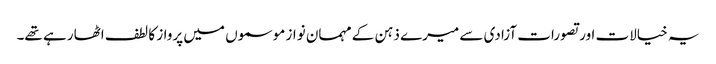
یہ خیالات اور تصورات آزادی سے میرے ذہن کے مہمان نواز موسموں میں پرواز کا لطف اٹھا رہے تھے۔